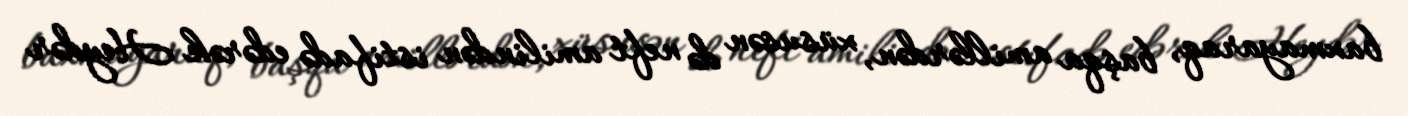
baxmayaraq, başqa amillərdən, xüsusən də neft amilindən istifadə edərək Heydər